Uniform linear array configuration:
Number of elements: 4
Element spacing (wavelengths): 1
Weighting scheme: hamming
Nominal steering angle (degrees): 60
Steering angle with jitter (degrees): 58.873
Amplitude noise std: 0.05
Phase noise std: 0.05

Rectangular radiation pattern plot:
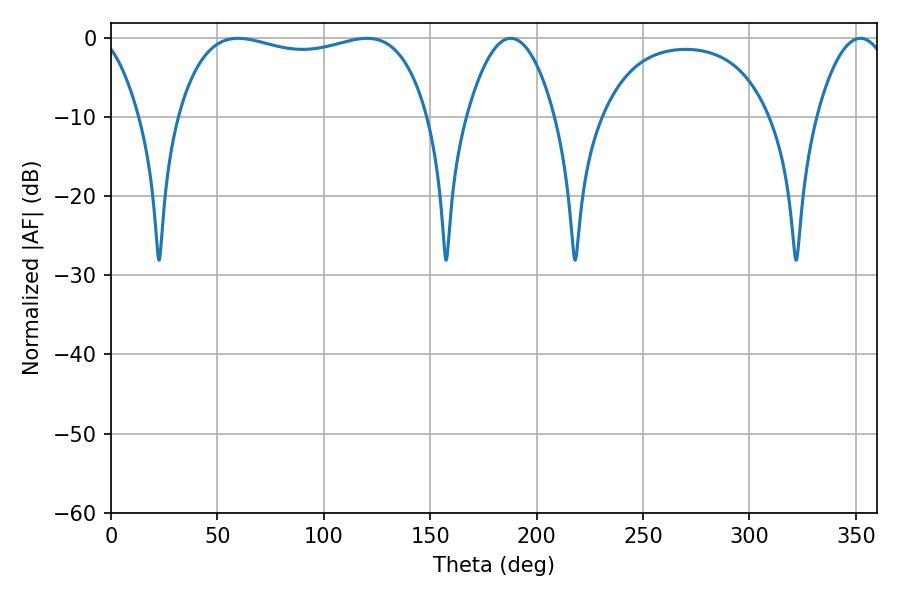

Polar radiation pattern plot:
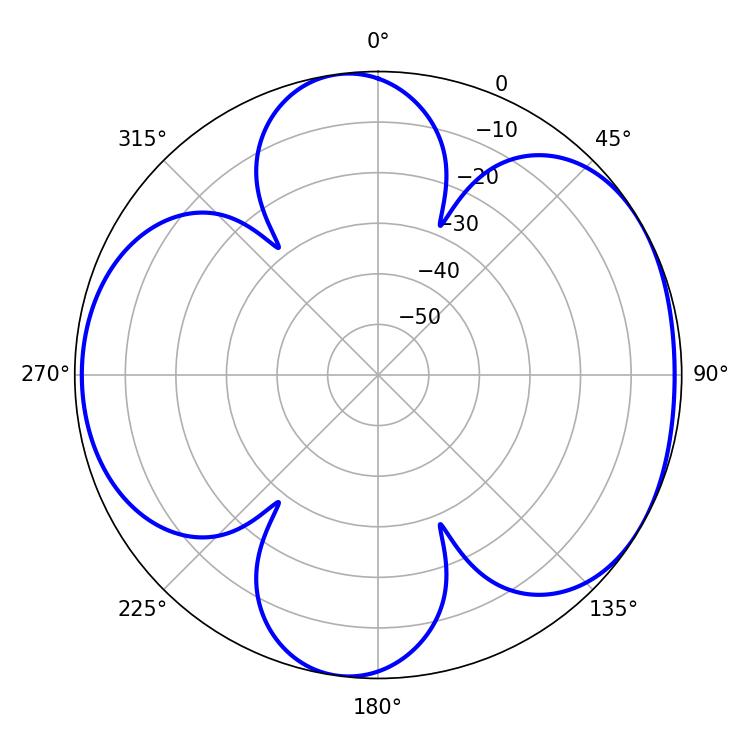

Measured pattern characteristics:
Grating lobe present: TRUE
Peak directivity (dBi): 5.444
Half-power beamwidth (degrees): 95.76
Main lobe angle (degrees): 59.76